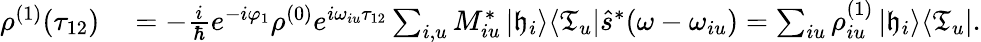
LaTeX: \begin{array}{rl}{\rho^{(1)}(\tau_{12})}&{{}=-\frac{i}{\hbar}e^{-i\varphi_{1}}\rho^{(0)}e^{i\omega_{iu}\tau_{12}}\sum_{i,u}M_{iu}^{*}\left|\mathfrak{h}_{i}\right>\! \left<\mathfrak{T}_{u}\right|\hat{s}^{*}(\omega-\omega_{iu})=\sum_{iu}\rho_{iu}^{(1)}\left|\mathfrak{h}_{i}\right>\! \left<\mathfrak{T}_{u}\right|.}\end{array}